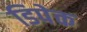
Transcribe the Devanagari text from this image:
डिपेक